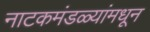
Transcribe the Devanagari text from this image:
नाटकमंडळ्यांमधून